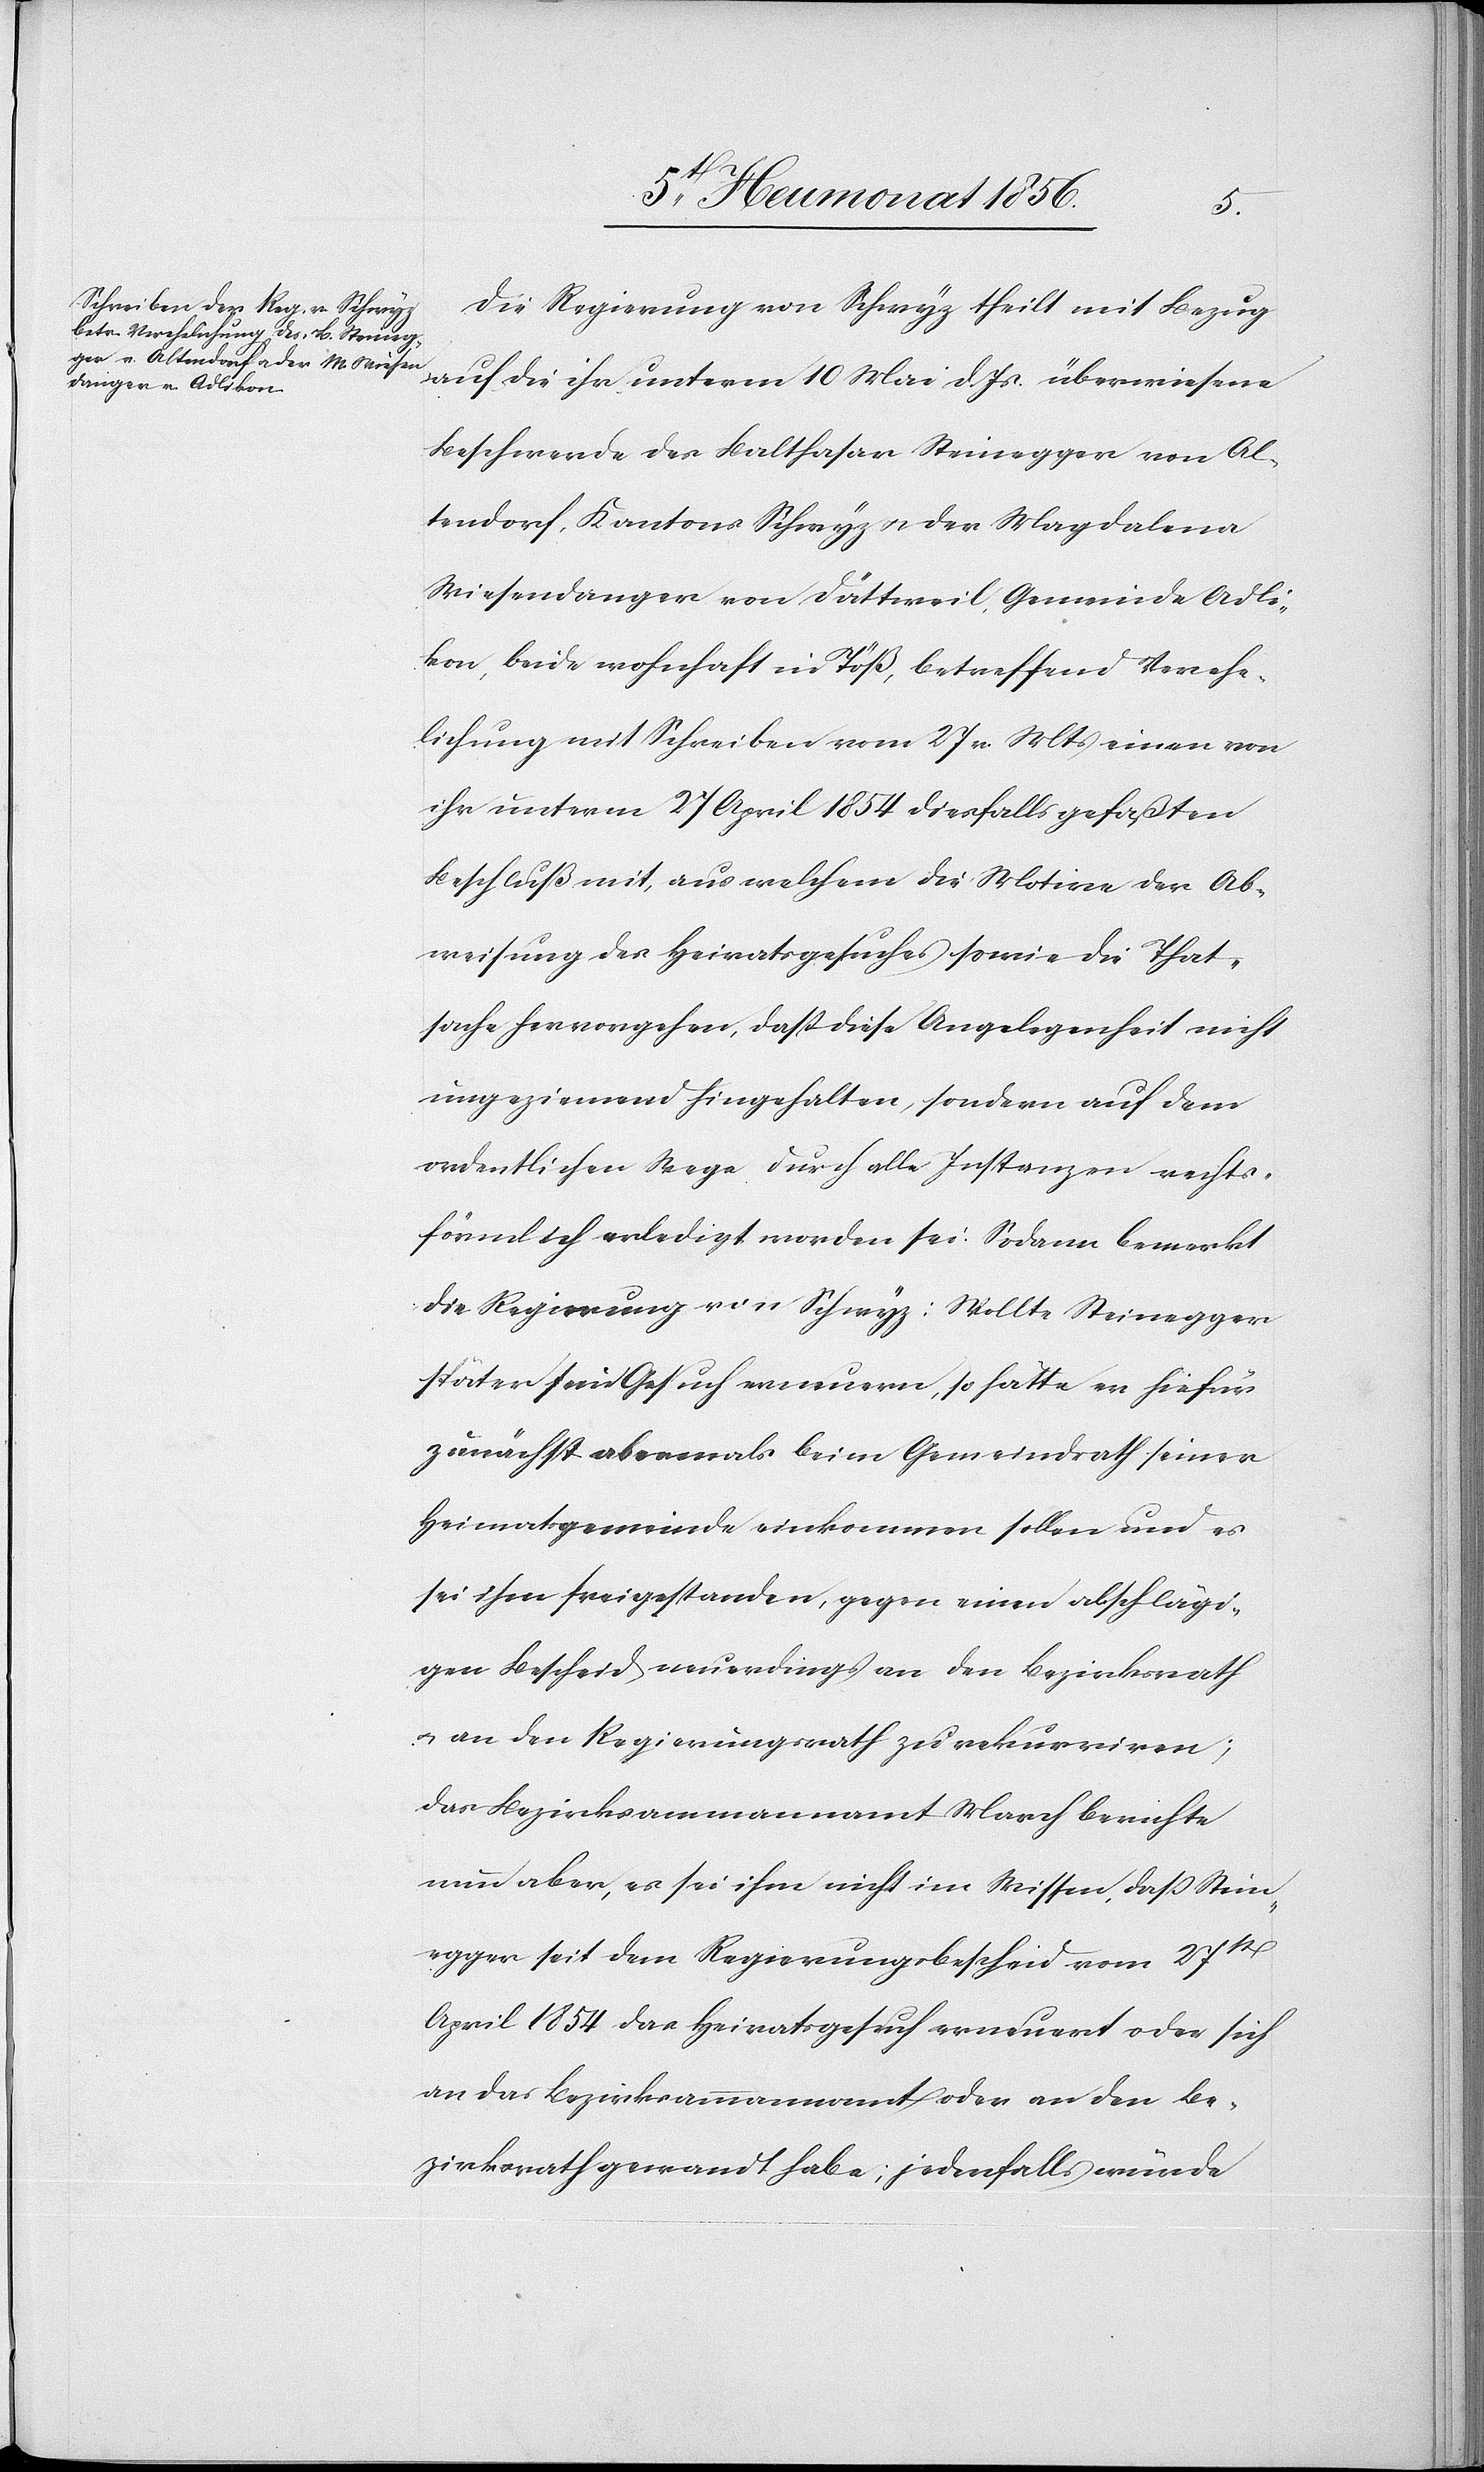
Die Regierung von Schwyz theilt mit Bezug
auf die ihr unterm 10 Mai d. Js. überwiesene
Beschwerde des Balthasar Steinegger von Al¬
tendorf, Kantons Schwyz u. der Magdalena
Wiesendangen von Dättweil, Gemeinde Adli¬
kon, beide wohnhaft in Töß, betreffend Verehe¬
lichung mit Schreiben vom 27 v. Mts einen von
ihr unterm 27 April 1854 diesfalls gefaßten
Beschluß mit, aus welchem die Motive der Ab¬
weisung des Heiratsgesuches sowie die That¬
sache hervorgehen, dass diese Angelegenheit nicht
ungeziemend hingehalten, sondern auf dem
ordentlichen Wege durch alle Instanzen rechts¬
förmlich erledigt worden sei. Sodann bemerkt
die Regierung von Schwyz: Wollte Steinegger
später sein Gesuch erneuern, so hätte er hiefür
zunächst abermals beim Gemeindrath seiner
Heimatsgemeinde einkommen sollen und es
sei ihm freigestanden, gegen einen abschlägi¬
gen Bescheid neuerdings an den Bezirksrath
u. an den Regierungsrath zu rekurriren;
das Bezirksammannamt March berichte
nun aber, es sei ihm nicht im Wissen, dass Stein¬
egger seit dem Regierungsbescheid vom 27st
April 1854 das Heiratsgesuch erneuert oder sich
an das Bezirksammannamt oder an den Be¬
zirksrath gewandt habe; jedenfalls würde